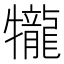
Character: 𤜆